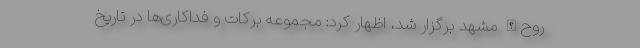
روح‌الله مشهد برگزار شد، اظهار کرد: مجموعه برکات و فداکاری‌ها در تاریخ